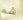
شم